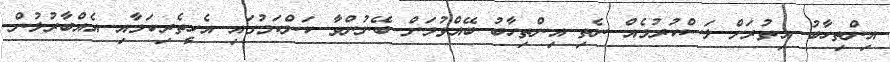
އިންތިހާބު އިތުރަށް ލަސްކުރުމެއް ނެތި އިންތިހާބު ބޭއްވުމަށް ބޭނުންވާ ކަންކަމުގައި އެހީތެރިކަމާއި އެއްބާރުލުން